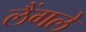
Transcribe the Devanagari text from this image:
लैंगले